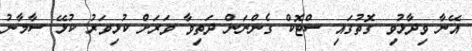
އޭނާ ވިދާޅުވި ގޮތުގައި ސްޓޮކް ގެންނަން ދަތިވާ ވަރަށް ކުޅިވަރު ކުޅޭ ސާމާނު